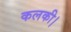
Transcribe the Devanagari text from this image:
कलकी।